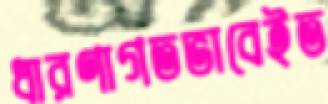
ধারণাগতভাবেইত